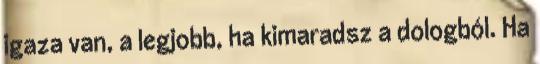
igaza van, a legjobb, ha kimaradsz a dologból. Ha